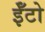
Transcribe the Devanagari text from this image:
ईँटो